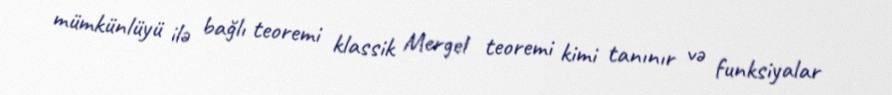
mümkünlüyü ilə bağlı teoremi klassik Mergel teoremi kimi tanınır və funksiyalar